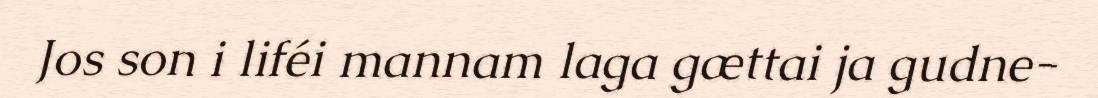
Jos son i liféi mannam laga gættai ja gudne-